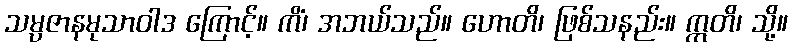
သမ္ပဇာနမုသာဝါဒ ကြောင့်။ ကိံ၊ အဘယ်သည်။ ဟောတိ၊ ဖြစ်သနည်း။ ဣတိ၊ သို့။